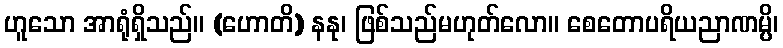
ဟူသော အာရုံရှိသည်။ (ဟောတိ) နနု၊ ဖြစ်သည်မဟုတ်လော။ စေတောပရိယညာဏမ္ပိ၊